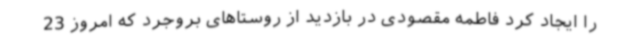
را ایجاد کرد فاطمه مقصودی در بازدید از روستاهای بروجرد که امروز 23